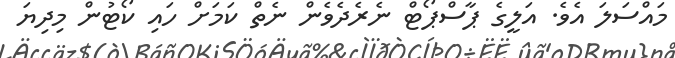
މައްސަލަ އެވެ. އަލީގެ ޕާސްޕޯޓް ނެރެދެވެން ނެތް ކަމަށް ހައި ކޯޓުން މިދިޔަ